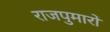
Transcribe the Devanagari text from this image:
राजपुमारों